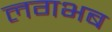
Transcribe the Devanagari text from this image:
लगभब